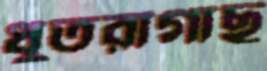
ধুতরাগাছ